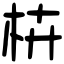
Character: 枿